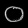
Digit: ၀